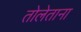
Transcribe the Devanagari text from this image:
तोलेताना